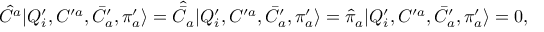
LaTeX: { \hat { \cal C } } ^ { a } | Q _ { i } ^ { \prime } , { \cal C } ^ { \prime a } , \bar { \cal C } _ { a } ^ { \prime } , { \pi } _ { a } ^ { \prime } \rangle = \hat { \bar { \cal C } } _ { a } | Q _ { i } ^ { \prime } , { \cal C } ^ { \prime a } , \bar { \cal C } _ { a } ^ { \prime } , { \pi } _ { a } ^ { \prime } \rangle = { \hat { \pi } } _ { a } | Q _ { i } ^ { \prime } , { \cal C } ^ { \prime a } , \bar { \cal C } _ { a } ^ { \prime } , { \pi } _ { a } ^ { \prime } \rangle = 0 ,